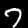
Digit: 7